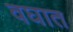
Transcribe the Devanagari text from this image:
वघात